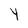
Character: 4